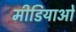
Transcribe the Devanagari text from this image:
मीडियाओं